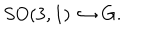
S O ( 3 , 1 ) \hookrightarrow G .